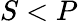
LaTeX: S<P